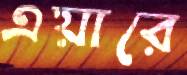
এয়ারে